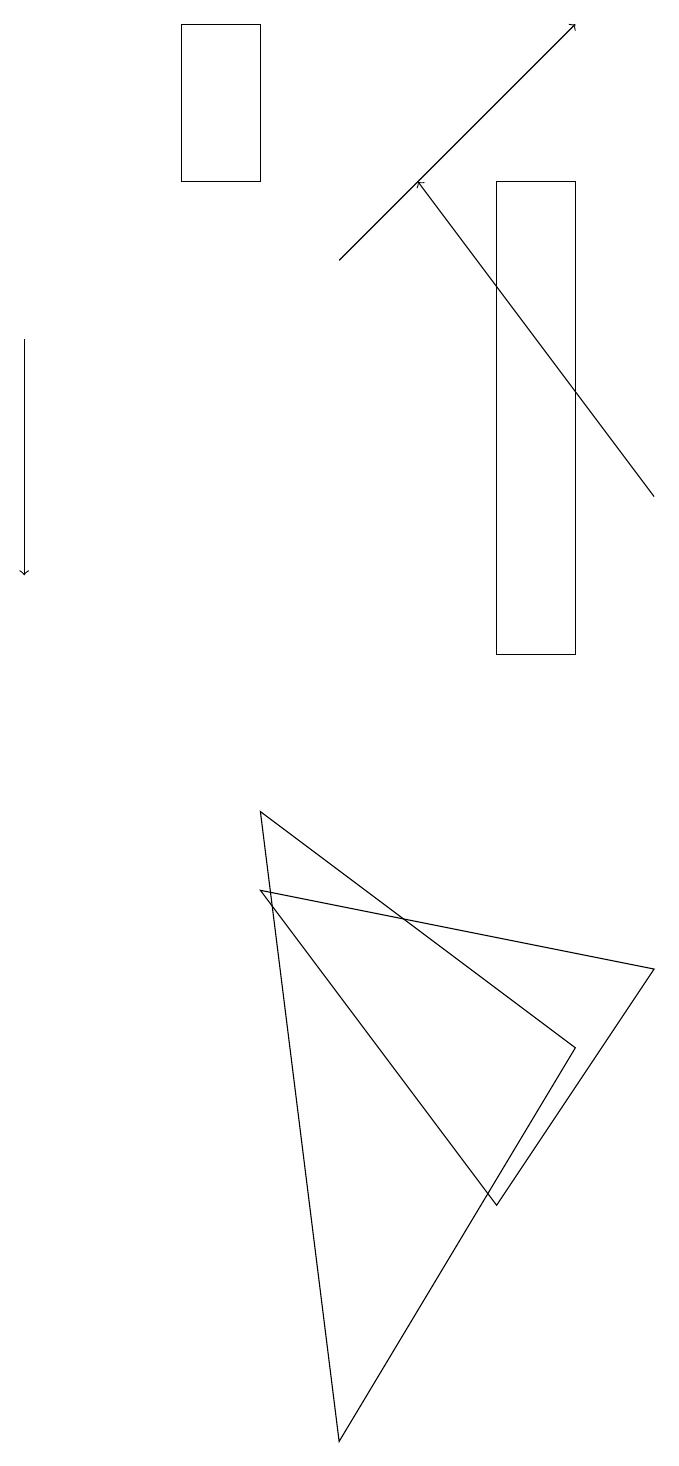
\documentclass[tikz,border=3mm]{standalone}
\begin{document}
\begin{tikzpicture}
\draw[->] (1,14) -- (1,11);
\draw (7,3) -- (9,6) -- (4,7) -- cycle;
\draw (3,16) rectangle (4,18);
\draw (5,0) -- (8,5) -- (4,8) -- cycle;
\draw (8,16) rectangle (7,10);
\draw[->] (5,15) -- (8,18);
\draw[->] (9,12) -- (6,16);
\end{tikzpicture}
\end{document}